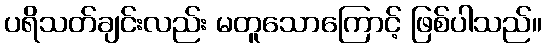
ပရိသတ်ချင်းလည်း မတူသောကြောင့် ဖြစ်ပါသည်။